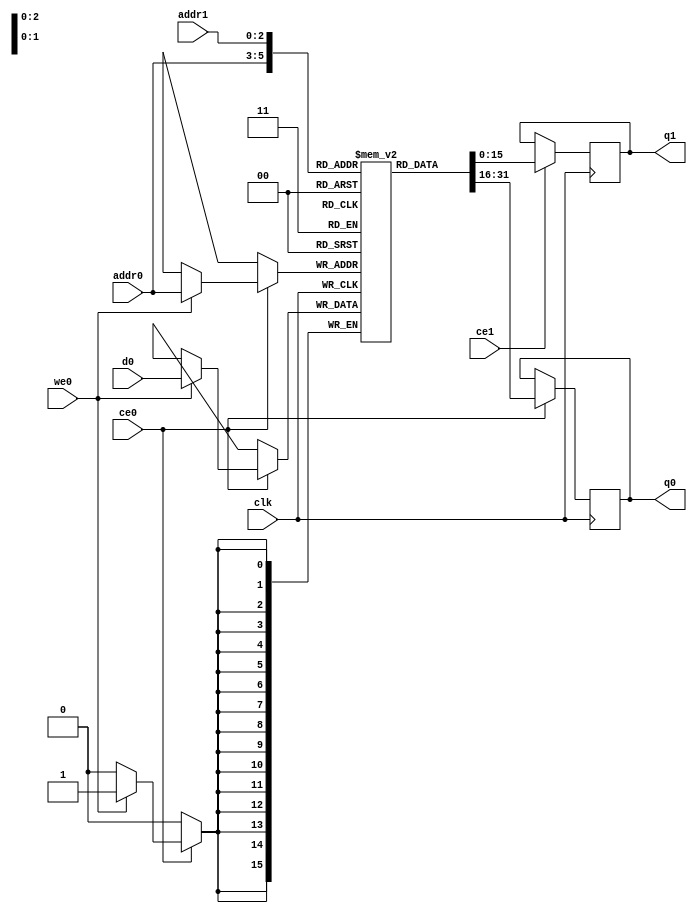
// ==============================================================
// Vivado(TM) HLS - High-Level Synthesis from C, C++ and SystemC v2019.2 (64-bit)
// Copyright 1986-2019 Xilinx, Inc. All Rights Reserved.
// ==============================================================
`timescale 1 ns / 1 ps
module yolo_decode_ss_ap_fixed_ap_fixed_5ul_4ul_4ul_2ul_s_grid_bOgC_ram (addr0, ce0, d0, we0, q0, addr1, ce1, q1,  clk);

parameter DWIDTH = 16;
parameter AWIDTH = 3;
parameter MEM_SIZE = 7;

input[AWIDTH-1:0] addr0;
input ce0;
input[DWIDTH-1:0] d0;
input we0;
output reg[DWIDTH-1:0] q0;
input[AWIDTH-1:0] addr1;
input ce1;
output reg[DWIDTH-1:0] q1;
input clk;

(* ram_style = "distributed" *)reg [DWIDTH-1:0] ram[0:MEM_SIZE-1];




always @(posedge clk)  
begin 
    if (ce0) begin
        if (we0) 
            ram[addr0] <= d0; 
        q0 <= ram[addr0];
    end
end


always @(posedge clk)  
begin 
    if (ce1) begin
        q1 <= ram[addr1];
    end
end


endmodule

`timescale 1 ns / 1 ps
module yolo_decode_ss_ap_fixed_ap_fixed_5ul_4ul_4ul_2ul_s_grid_bOgC(
    reset,
    clk,
    address0,
    ce0,
    we0,
    d0,
    q0,
    address1,
    ce1,
    q1);

parameter DataWidth = 32'd16;
parameter AddressRange = 32'd7;
parameter AddressWidth = 32'd3;
input reset;
input clk;
input[AddressWidth - 1:0] address0;
input ce0;
input we0;
input[DataWidth - 1:0] d0;
output[DataWidth - 1:0] q0;
input[AddressWidth - 1:0] address1;
input ce1;
output[DataWidth - 1:0] q1;



yolo_decode_ss_ap_fixed_ap_fixed_5ul_4ul_4ul_2ul_s_grid_bOgC_ram yolo_decode_ss_ap_fixed_ap_fixed_5ul_4ul_4ul_2ul_s_grid_bOgC_ram_U(
    .clk( clk ),
    .addr0( address0 ),
    .ce0( ce0 ),
    .we0( we0 ),
    .d0( d0 ),
    .q0( q0 ),
    .addr1( address1 ),
    .ce1( ce1 ),
    .q1( q1 ));

endmodule